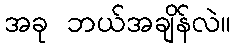
အခု ဘယ်အချိန်လဲ။